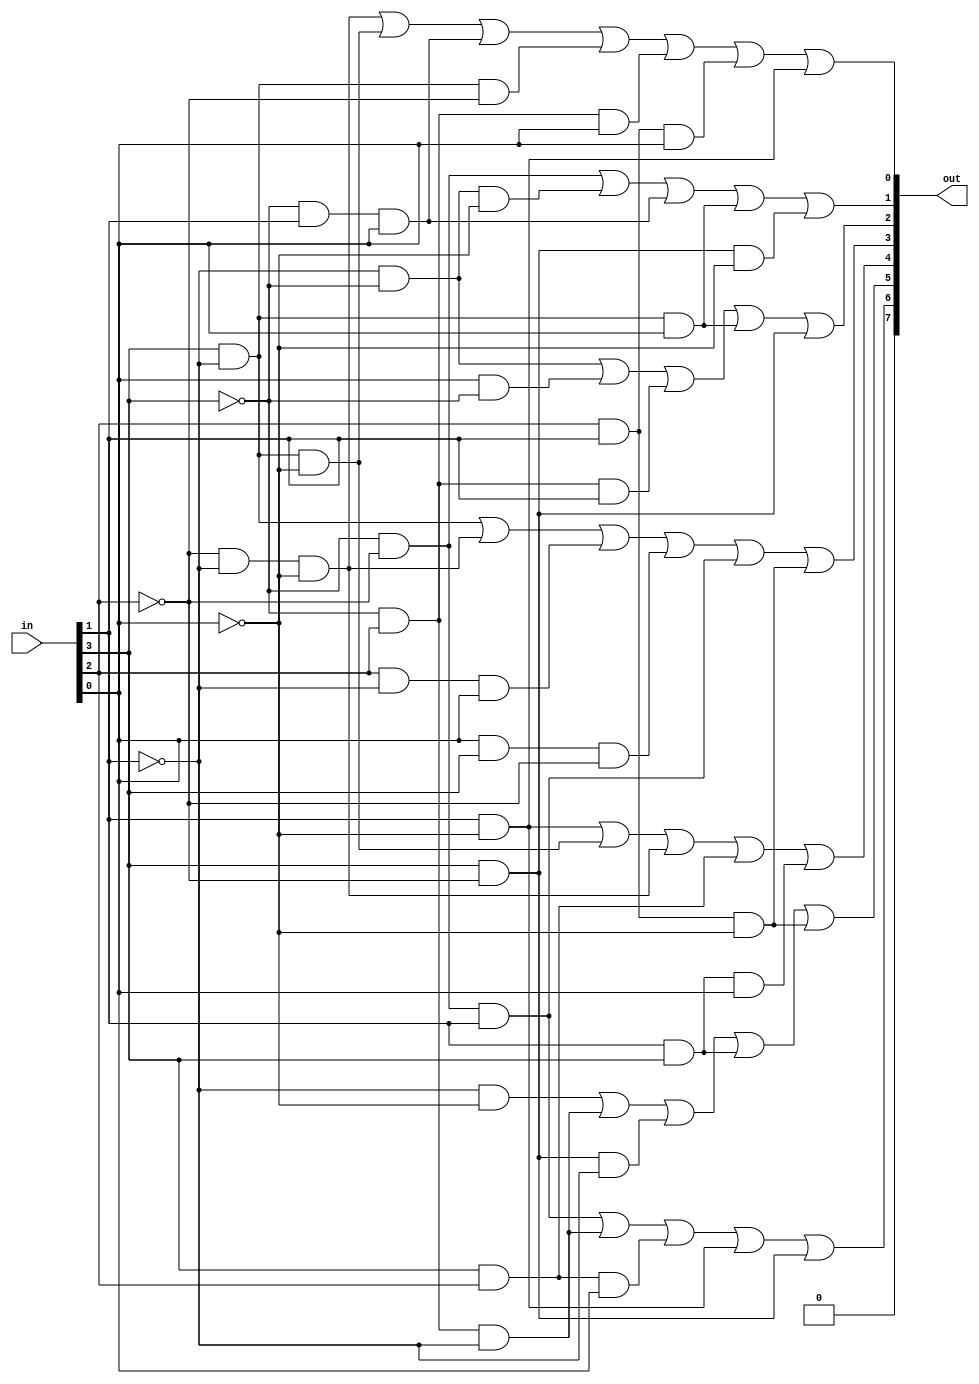
//
//port
//  binary coded decimal 0~15
//port
//  a~h
//    0 = 00111111
//          3   F
//    1 = 00000110
//          0   6
//    2 = 01011011
//          5   B
//    3 = 01001111
//          4   F
//    4 = 01100110
//          6   6
//    5 = 01101101
//          6   D
//    6 = 01111101
//          7   D
//    7 = 00000111
//          0   7
//    8 = 01111111
//          7   F
//    9 = 01101111
//          6   F
//    A = 01110111
//          7   7
//    b = 01111100
//          7   C
//    C = 00111001
//          3   9
//    d = 01011110
//          5   E
//    E = 01111001
//          7   9
//    F = 01110001
//          7   1

`ifndef decoderDisplay7Segment
  `define decoderDisplay7Segment
  `timescale 1ns / 100ps

  module decoderDisplay7Segment(out, in);
    output [7:0]out;
    input [3:0] in;

    //h(currently not used)
    assign out[7] = 0;

    //g
    assign out[6] = ~in[3] & ~in[2] & in[1] |
                    ~in[3] & in[2] & ~in[1] |
                    in[3] & in[2] & in[0] |
                    in[1] & ~in[0] |
                    in[3] & ~in[2];
    //f
    assign out[5] = ~in[1] & ~in[0] |
                    ~in[3] & in[2] & ~in[1] |
                    in[3] & ~in[2] & ~in[1] |
                    in[1] & in[3] |
                    in[2] & in[1] & ~in[0];

    //e
    assign out[4] = in[1] & ~in[0] |
                    in[3] & ~in[1] & ~in[0] |
                    ~in[2] & ~in[1] & ~in[0] |
                    in[2] & in[3] |
                    in[3] & in[1] & in[0];
    //d
    assign out[3] = in[3] & ~in[1] |
                    ~in[2] & ~in[1] & ~in[0] |
                    in[2] & ~in[1] & in[0] |
                    in[0] & in[3] & ~in[2] |
                    ~in[3] & ~in[2] & in[1] |
                    in[2] & in[1] & ~in[0];

    //c
    assign out[2] = ~in[1] & ~in[3] |
                    in[0] & ~in[3] |
                    ~in[3] & in[2] & in[1] |
                    in[3] & ~in[1] & in[0] |
                    in[3] & ~in[2];

    //b
    assign out[1] = ~in[3] & ~in[2] |
                    ~in[3] & ~in[1] & ~in[0] |
                    ~in[3] & in[1] & in[0] |
                    in[3] & ~in[1] & in[0] |
                    in[3] & ~in[2] & ~in[0];

    //a
    assign out[0] = ~in[2] & ~in[1] & ~in[0] |
                    in[3] & ~in[1] & ~in[0] |
                    ~in[3] & in[1] & in[0] |
                    ~in[1] & in[3] & ~in[2] |
                    ~in[3] & in[2] & in[0] |
                    in[2] & in[1] & in[0] |
                    in[1] & ~in[0];
  endmodule
`endif